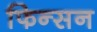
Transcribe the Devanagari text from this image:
फिन्सन